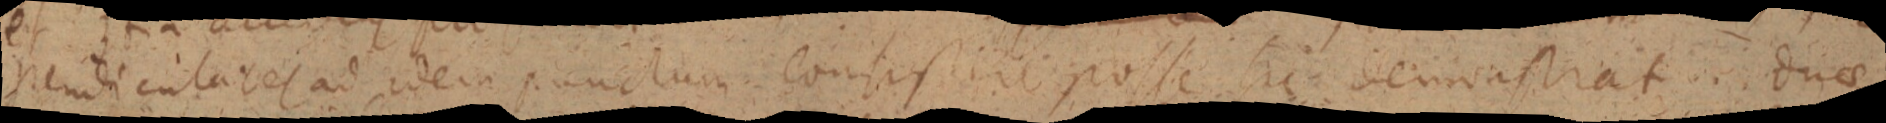
pendiculares ad idem punctum consistere posse sic demonstrat. duae